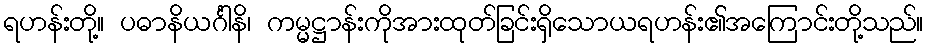
ရဟန်းတို့။ ပဓာနိယင်္ဂါနိ၊ ကမ္မဋ္ဌာန်းကိုအားထုတ်ခြင်းရှိသောယရဟန်း၏အကြောင်းတို့သည်။